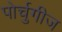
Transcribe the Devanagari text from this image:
पोर्चुगीज